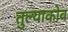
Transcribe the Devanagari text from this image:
तुल्याकोव